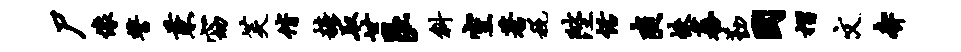
尸像誓兼窈芙偕糖取廿艮斜空蓍税陛恬爽帙蕃勤国摺文奔